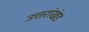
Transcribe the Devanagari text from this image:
उत्तरांखंड